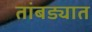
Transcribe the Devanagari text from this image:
तांबड्यात